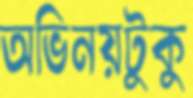
অভিনয়টুকু